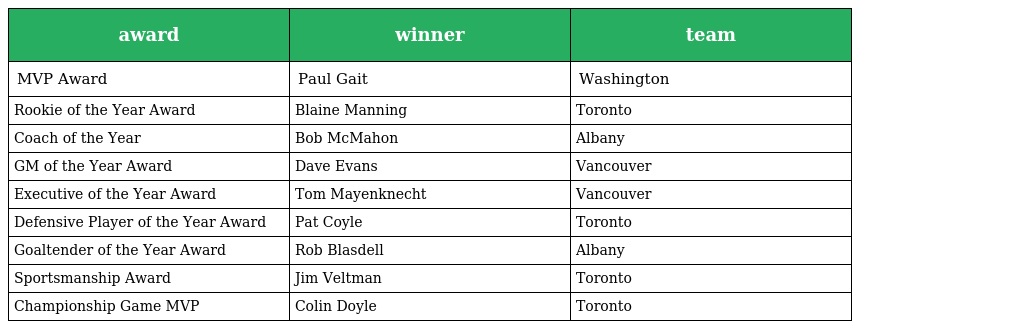
| award | winner | team |
 | --- | --- | --- |
 | MVP Award | Paul Gait | Washington |
 | Rookie of the Year Award | Blaine Manning | Toronto |
 | Coach of the Year | Bob McMahon | Albany |
 | GM of the Year Award | Dave Evans | Vancouver |
 | Executive of the Year Award | Tom Mayenknecht | Vancouver |
 | Defensive Player of the Year Award | Pat Coyle | Toronto |
 | Goaltender of the Year Award | Rob Blasdell | Albany |
 | Sportsmanship Award | Jim Veltman | Toronto |
 | Championship Game MVP | Colin Doyle | Toronto |